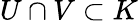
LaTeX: U\cap V\subset K